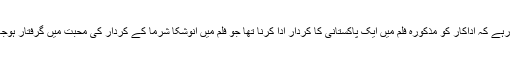
واضح رہے کہ اداکار کو مذکورہ فلم میں ایک پاکستانی کا کردار ادا کرنا تھا جو فلم میں انوشکا شرما کے کردار کی محبت میں گرفتار ہوجاتا ہے۔